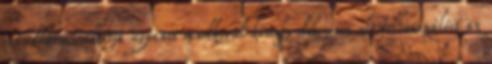
szándékosan állítja ugyanis rendkívül komoly dilemma elé felhasználóit az